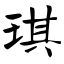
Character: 琪